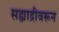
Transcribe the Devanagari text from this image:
सह्याद्रीवरून